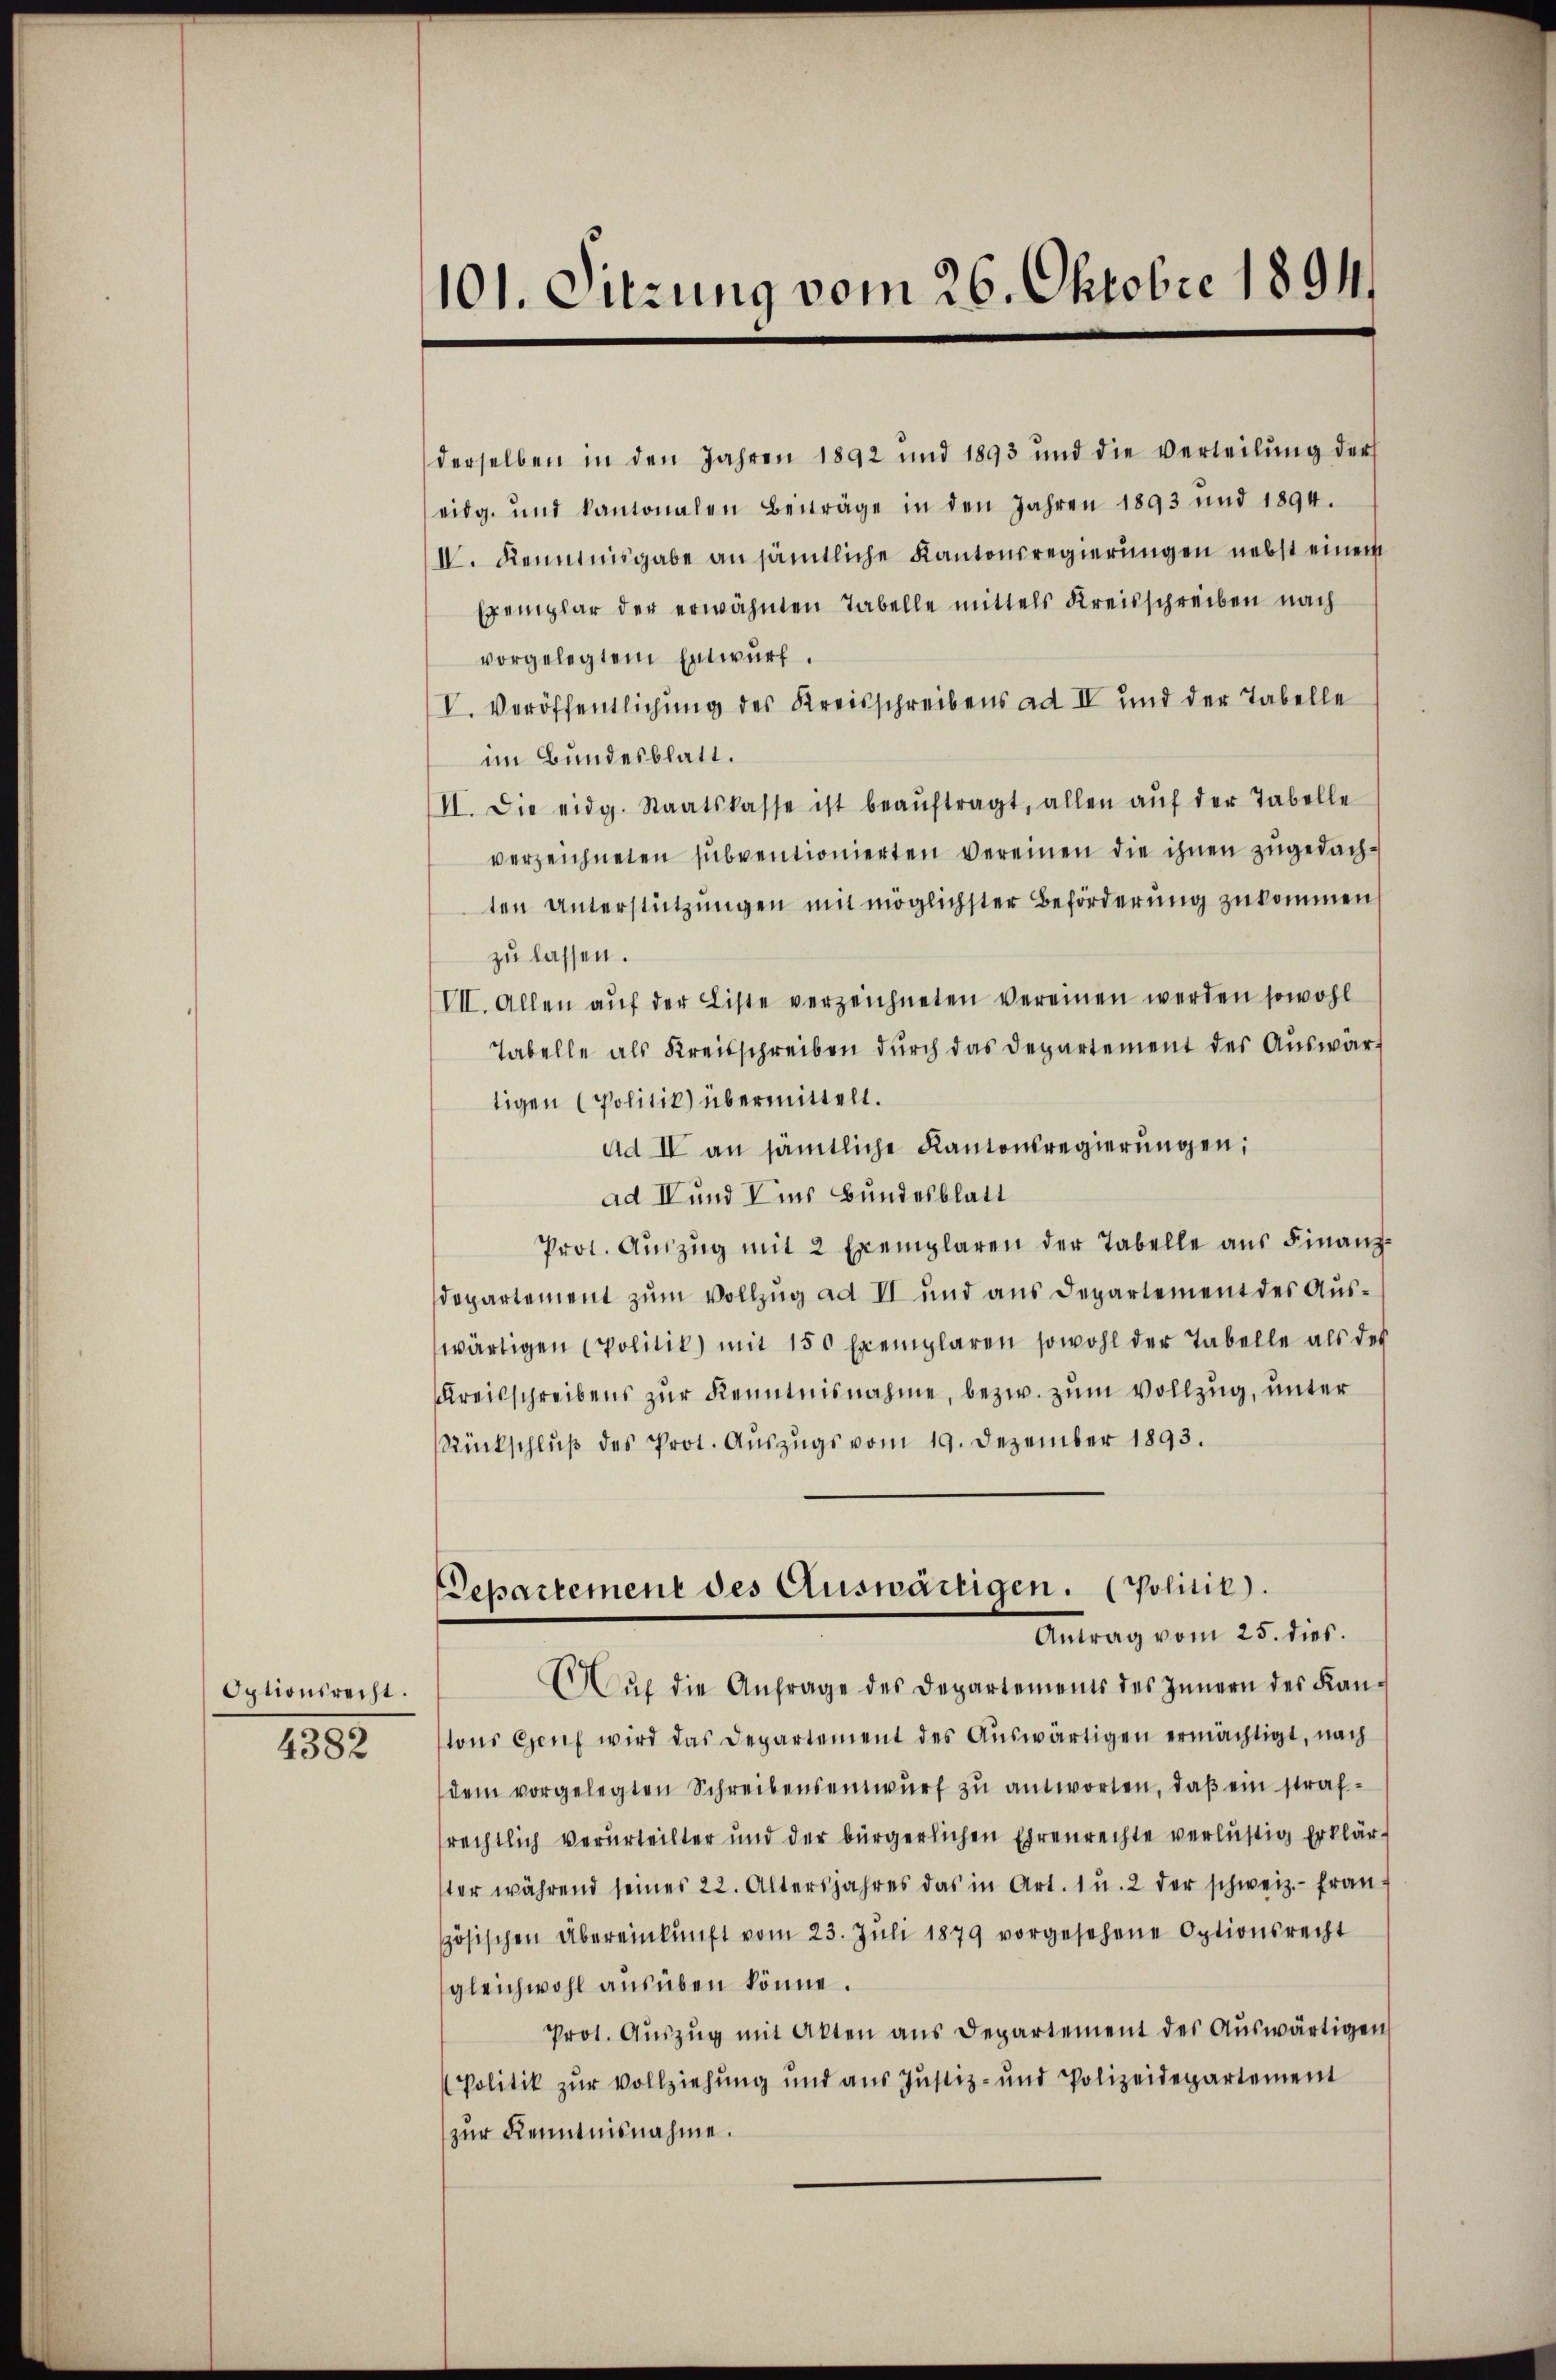
Optionsrecht.

4382

101. Sitzung vom 26. Oktobre 1891.

derselben in den Jahren 1892 und 1893 und die verteilŭng der
eidg. und kantonalen Beiträge in den Jahren 1893 und 1894.
IV. Kenntnisgabe an sämtliche Kantonsregierungen nebst einem
Exemplar der erwähnten Tabelle mittels Kreisschreiben nach
vorgelegtem Entwurf.
V. Veröffentlichung des Kreisschreibens ad IV und der Tabelle
im Bundesblatt.
II. Die eidg. Staatskasse ist beaŭftragt, allen aŭf der Tabelle
verzeichneten subventionierten vereinen die ihnen zugedachten Unterstützungen mit möglichster Beförderung zukommen
zu lassen.
VII. Allen aŭf der Liste verzeichneten vereinen werden sowohl
Tabelle als Kreisschreiben durch das Departement des Auswartigen Politik) übermittelt.
ad II an sämtliche Kantonsregierungen;
ad I und V ins Bundesblatt
Prot. Aŭszŭg mit 2 Exemplaren der Tabelle aus Finanz-
departement zum Vollzug ad II und aus Departement des Aŭs-
wärtigen Politik) mit 150 Exemplaren sowohl der Tabelle als des
Kreisschreibens zŭr Kenntnisnahme, bezw. zum Vollzug, unter
Rückschlŭβ des Prot. Auszugs vom 19. Dezember 1893.
Separtement des Auswärtigen. (Politik.
Antrag vom 25. dies.
Aŭf die Anfrage des Departements des Innern des Kan-
tons Genf wird das Departement des Aŭswärtigen ermächtigt, nach
dem vorgelegten Schreibenseinwŭrf zu antworten, daß ein strafrechtlich verurteilter und der bürgerlichen Ehrenrechte verlustig erklär-
ter während seines 22. Altersjahres das in Art. 1 u. 2 der schweiz.- fran-
zösischen Übereinkunft vom 23. Jŭli 1879 vorgesehene Optionsrecht
gleichwohl ausüben könne.
Prot. Aŭszŭg mit Akten aus Departement des Aŭswärtigen
Politik zur Vollziehung und aus Justiz- und Polizeidepartement
zur Kenntnisnahme.